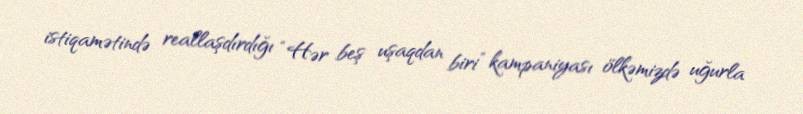
istiqamətində reallaşdırdığı “Hər beş uşaqdan biri” kampaniyası ölkəmizdə uğurla